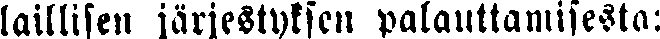
laillisen järjestyksen palauttamisesta: